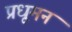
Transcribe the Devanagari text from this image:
प्रधूमन